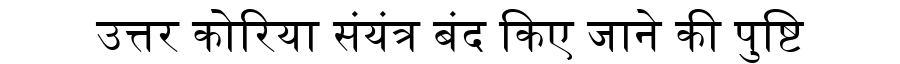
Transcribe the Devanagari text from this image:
उत्तर कोरिया संयंत्र बंद किए जाने की पुष्टि